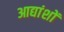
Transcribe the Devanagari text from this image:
आद्यांशों